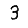
Digit: 3